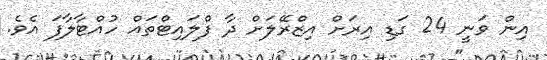
އިން ވަނީ 24 ގަޑި އިރަށް އިޒްރޭލަށް ދާ ފްލައިޓްތައް ހުއްޓާލާފަ އެވެ.